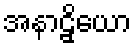
အနာဠှိယော